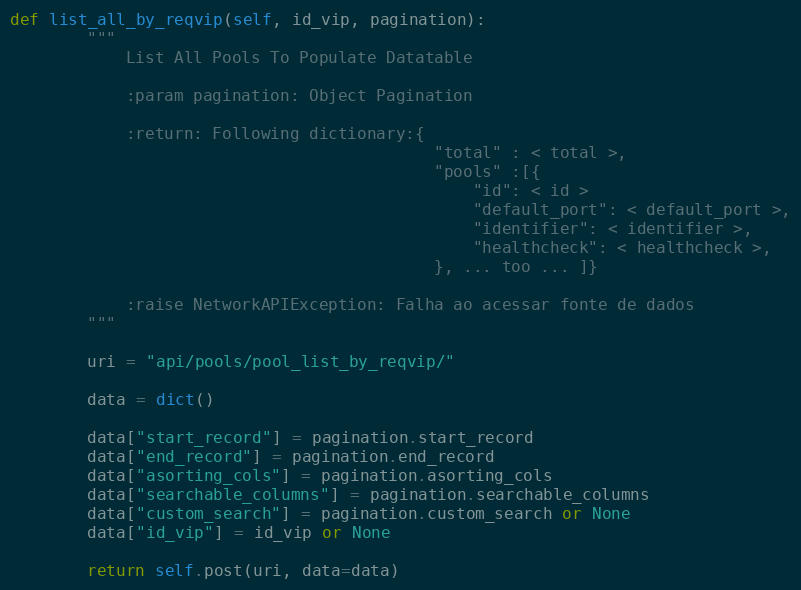
Language: Python
def list_all_by_reqvip(self, id_vip, pagination):
        """
            List All Pools To Populate Datatable

            :param pagination: Object Pagination

            :return: Following dictionary:{
                                            "total" : < total >,
                                            "pools" :[{
                                                "id": < id >
                                                "default_port": < default_port >,
                                                "identifier": < identifier >,
                                                "healthcheck": < healthcheck >,
                                            }, ... too ... ]}

            :raise NetworkAPIException: Falha ao acessar fonte de dados
        """

        uri = "api/pools/pool_list_by_reqvip/"

        data = dict()

        data["start_record"] = pagination.start_record
        data["end_record"] = pagination.end_record
        data["asorting_cols"] = pagination.asorting_cols
        data["searchable_columns"] = pagination.searchable_columns
        data["custom_search"] = pagination.custom_search or None
        data["id_vip"] = id_vip or None

        return self.post(uri, data=data)